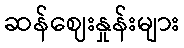
ဆန်ဈေးနှုန်းများ